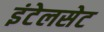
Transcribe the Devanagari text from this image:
इंटेलसेट